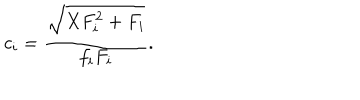
LaTeX: c _ { i } = \frac { \sqrt { X F _ { i } ^ { 2 } + F _ { i } } } { f _ { i } F _ { i } } .